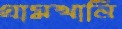
গ্রামখানি